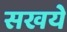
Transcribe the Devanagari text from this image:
सखये